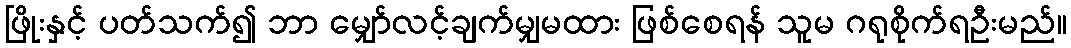
ဖြိုးနှင့် ပတ်သက်၍ ဘာ မျှော်လင့်ချက်မျှမထား ဖြစ်စေရန် သူမ ဂရုစိုက်ရဦးမည်။